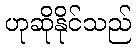
ဟုဆိုနိုင်သည်